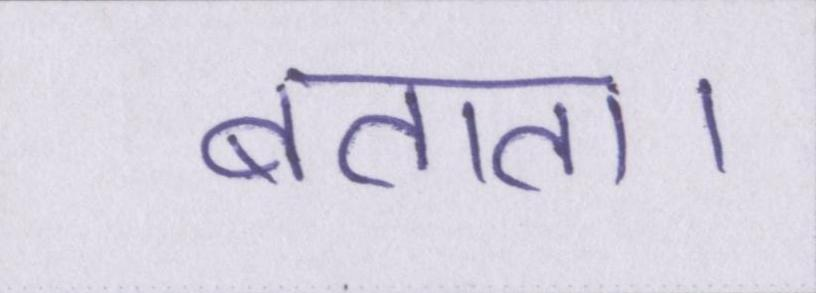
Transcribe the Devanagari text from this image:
बताता।